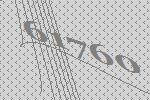
61760